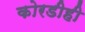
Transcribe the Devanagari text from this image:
कोरडीही